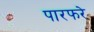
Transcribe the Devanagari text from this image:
पारफरे